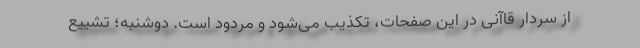
از سردار قاآنی در این صفحات، تکذیب می‌شود و مردود است. دوشنبه؛ تشییع